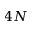
4 N